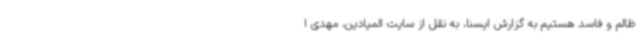
ظالم و فاسد هستیم به گزارش ایسنا، به نقل از سایت المیادین، مهدی ا